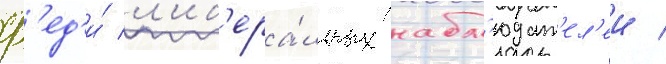
ср'ед'и́ л'иб'ера́льных набл'юдат'ел'еи /